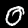
Digit: 0